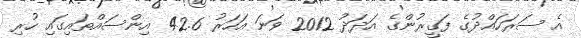
އެ ސަރަހައްދުގެ ފަގީރުންގެ އަދަދު 2012 ވަނަ އަހަރު 42.6 އިންސައްތައިގައި ހުރި